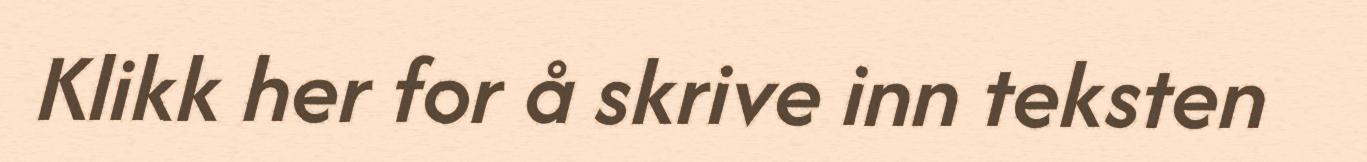
Klikk her for å skrive inn teksten